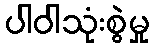
ပါဝါသုံးစွဲမှု